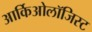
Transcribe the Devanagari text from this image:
आर्किओलॉजिस्ट